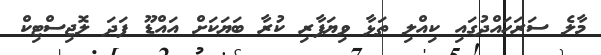
މާލެ ސަރަހަައްދުގައި ކިއްލި ތަޅާ ވިޔަފާރި ކުރާ ބަޔަކަށް އައްޑޫ ފަދަ ލޮޖިސްޓިކް